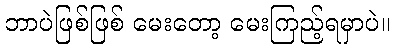
ဘာပဲဖြစ်ဖြစ် မေးတော့ မေးကြည့်ရမှာပဲ။